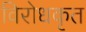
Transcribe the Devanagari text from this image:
विरोधकृत